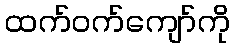
ထက်ဝက်ကျော်ကို